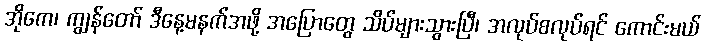
အိုကေ၊ ကျွန်တော် ဒီနေ့မနက်အဖို့ အပြောတွေ သိပ်များသွားပြီ၊ အလုပ်စလုပ်ရင် ကောင်းမယ်